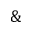
\&